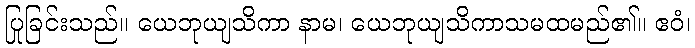
ပြုခြင်းသည်။ ယေဘုယျသိကာ နာမ၊ ယေဘုယျသိကာသမထမည်၏။ ဧဝံ၊